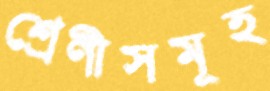
শ্রেণীসমূহ